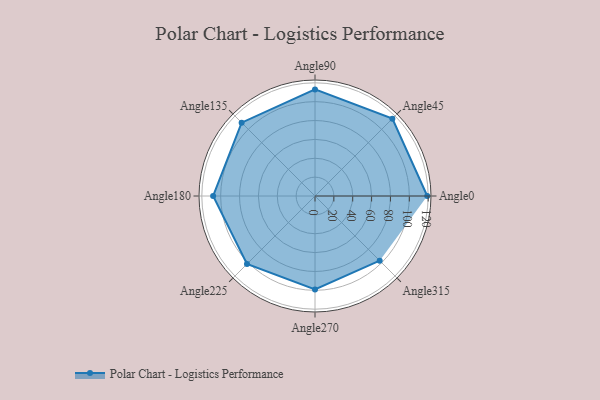
{"axis": {"x": "Angle", "y": "Radius"}, "legend": [""], "data": [{"x": "Angle0", "y": 119.0, "type": ""}, {"x": "Angle45", "y": 116.0, "type": ""}, {"x": "Angle90", "y": 113.0, "type": ""}, {"x": "Angle135", "y": 110.0, "type": ""}, {"x": "Angle180", "y": 108.0, "type": ""}, {"x": "Angle225", "y": 102.0, "type": ""}, {"x": "Angle270", "y": 99.0, "type": ""}, {"x": "Angle315", "y": 97.0, "type": ""}]}